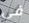
في